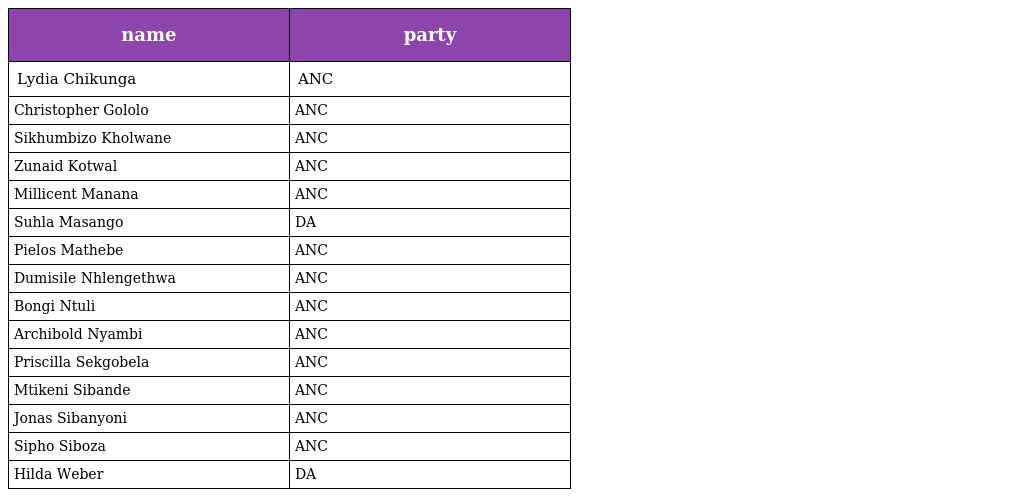
| name | party |
 | --- | --- |
 | Lydia Chikunga | ANC |
 | Christopher Gololo | ANC |
 | Sikhumbizo Kholwane | ANC |
 | Zunaid Kotwal | ANC |
 | Millicent Manana | ANC |
 | Suhla Masango | DA |
 | Pielos Mathebe | ANC |
 | Dumisile Nhlengethwa | ANC |
 | Bongi Ntuli | ANC |
 | Archibold Nyambi | ANC |
 | Priscilla Sekgobela | ANC |
 | Mtikeni Sibande | ANC |
 | Jonas Sibanyoni | ANC |
 | Sipho Siboza | ANC |
 | Hilda Weber | DA |